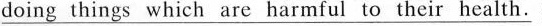
\underline{doing things which are harmful to their health.}